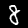
Digit: 8